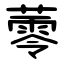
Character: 蕶